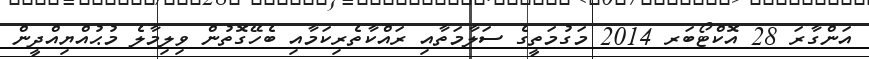
އަންގާރަ 28 އޮކްޓޯބަރ 2014 މަގުމަތީގެ ސަލާމަތާއި ރައްކާތެރިކަމާއި ބެހޭގޮތުން ވިލިމާލެ މުޙުއްޔިއްދީން